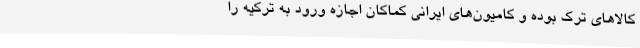
کالاهای ترک بوده و کامیون‌های ایرانی کماکان اجازه ورود به ترکیه را